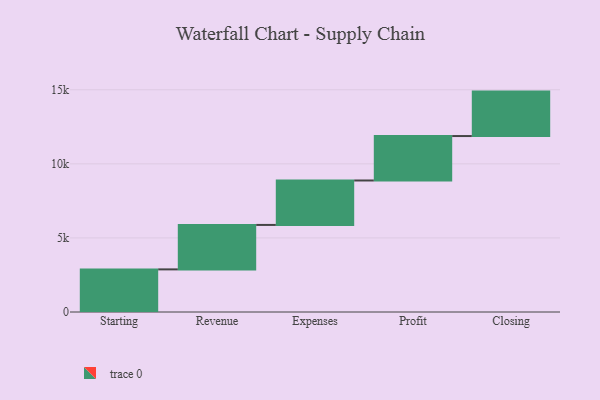
{"axis": {"x": "Step", "y": "Value"}, "legend": [""], "data": [{"x": "Starting", "y": 2877.0, "type": ""}, {"x": "Revenue", "y": 3000, "type": ""}, {"x": "Expenses", "y": 3000, "type": ""}, {"x": "Profit", "y": 3000, "type": ""}, {"x": "Closing", "y": 3000, "type": ""}]}